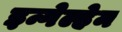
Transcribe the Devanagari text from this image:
इन्गेल्हेम